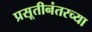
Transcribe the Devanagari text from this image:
प्रसूतीनंतरच्या